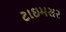
ટાઇમસર